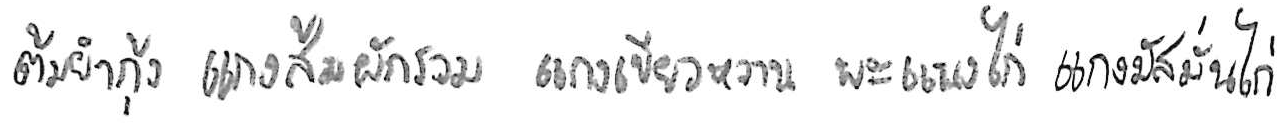
ต้มยำกุ้ง แกงส้มผักรวม แกงเขียวหวาน พะแนงไก่ แกงมัสมั่นไก่